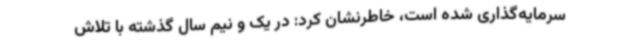
سرمایه‌گذاری شده است، خاطرنشان کرد: در یک و نیم سال گذشته با تلاش